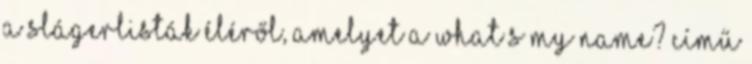
a slágerlisták éléről, amelyet a What’s My Name? című